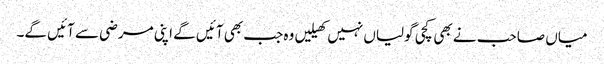
میاں صاحب نے بھی کچی گولیاں نہیں کھیلیں وہ جب بھی آئیں گے اپنی مرضی سے آئیں گے۔